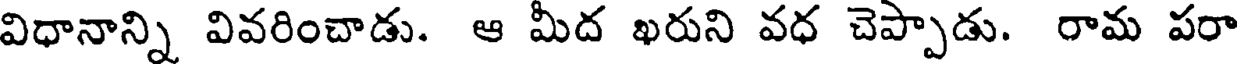
విధానాన్ని వివరించాడు. ఆ మీద ఖరుని వధ చెప్పాడు. రామ పరా